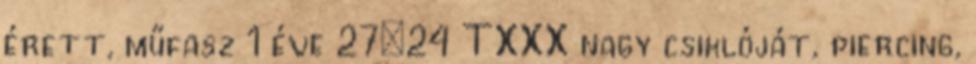
érett, műfasz 1 éve 27:24 TXXX nagy csiklóját, piercing,